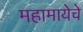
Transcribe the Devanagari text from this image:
महामायेचे